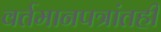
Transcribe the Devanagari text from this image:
वर्तमानपत्रांतही